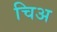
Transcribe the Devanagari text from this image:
चिअ